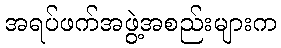
အရပ်ဖက်အဖွဲ့အစည်းများက